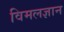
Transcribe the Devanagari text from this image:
विमलज्ञान